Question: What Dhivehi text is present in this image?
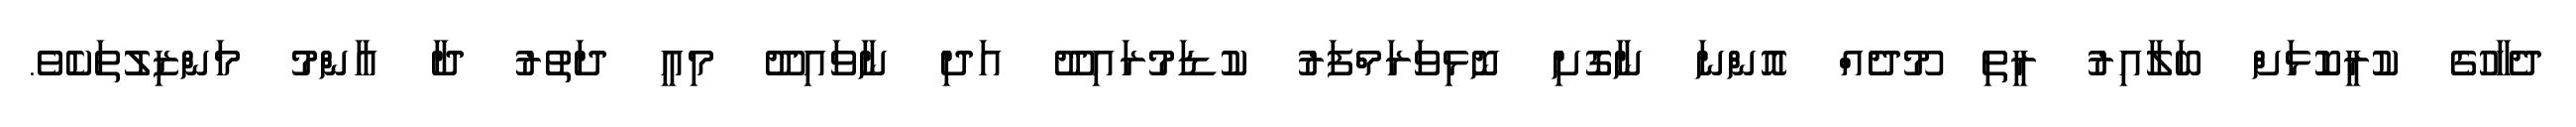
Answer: ދެހާހުގެ ކުރީކޮޅަށް ބަލާއިރު ރީތި މޫދެއް އޮންނަ ނާގޮށި ނޮޅިވަރަމްފަރު ކުޑަމުރައިދޫ އަދި ނާވައިދޫ މިއީ ދަތުރު ދާ އާންމު މަންޒިލުތަކެވެ.